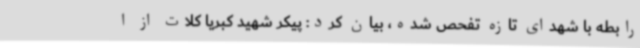
رابطه با شهدای تازه تفحص شده، بیان کرد: پیکر شهید کبریا کلات از ا